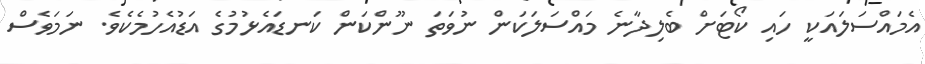
އެމައްސަލައަކީ ހައި ކޯޓަށް ބެލިދާނެ މައްސަލަކަން ނުވަތަ ނޫންކަން ކަނޑައެޅުމުގެ އަޑުއެހުމެކެވެ. ނަމަވެސް